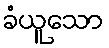
ခံယူသော